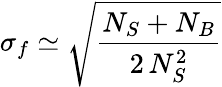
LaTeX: \sigma_{f}\simeq\sqrt{\frac{N_{S}+N_{B}}{2\, N_{S}^{2}}}